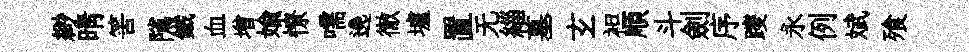
緲晴筈隲鐵血增媮憭嚅遶徹壚置无緇墓𤣥袒順斗劍序躞永例斌飱